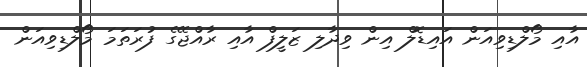
އާއި މޯލްޑިވިއަން އައިޑޮލް އިން ވިދާލި ޒަލީފް އާއި ރާއްޖޭގެ ފުރަތަމަ މޯލްޑިވިއަން